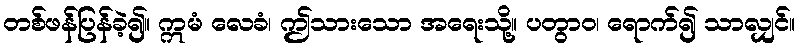
တစ်ဖန်ပြန်ခဲ့၍။ ဣမံ လေခံ၊ ဤသားသော အရေးသို့။ ပတွာဝ၊ ရောက်၍ သာလျှင်။